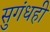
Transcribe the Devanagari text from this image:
सुगंधही